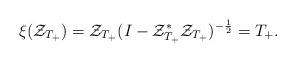
LaTeX: \begin{align*}\xi(\mathcal{Z}_{T_{+}}) = \mathcal{Z}_{T_{+}}(I - \mathcal{Z}_{T_{+}}^{*}\mathcal{Z}_{T_{+}})^{-\frac{1}{2}}= T_{+}.\end{align*}